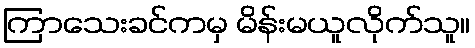
ကြာသေးခင်ကမှ မိန်းမယူလိုက်သူ။